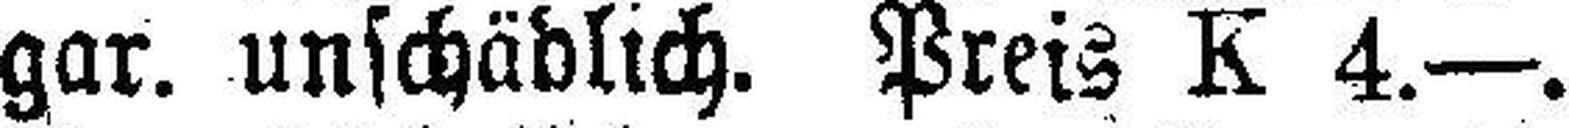
gar. unschädlich. Preis K 4.—.